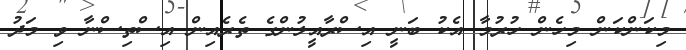
މިކަންކަން މިހެން ހުރުމާ އެކު ބަނީ އިސްރާއީލުންގެ ތެރެއިން އިސްތިސްނާ ވި މަދު